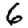
Digit: 6